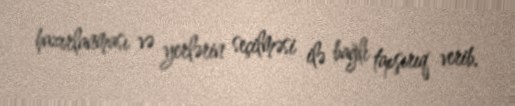
hazırlanması və yerlərin seçilməsi ilə bağlı tapşırıq verib.